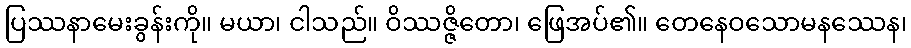
ပြဿနာမေးခွန်းကို။ မယာ၊ ငါသည်။ ဝိဿဇ္ဇိတော၊ ဖြေအပ်၏။ တေနေဝသောမနဿေန၊